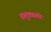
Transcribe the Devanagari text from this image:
तालुक्यातचे